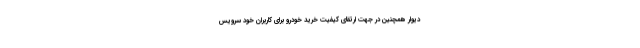
دیوار همچنین در جهت ارتقای کیفیت خرید خودرو برای کاربران خود سرویس